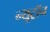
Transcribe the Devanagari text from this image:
न्यूट्राॅन